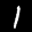
Label: 1